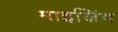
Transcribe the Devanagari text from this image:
माइजिंग